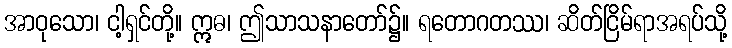
အာဝုသော၊ ငါ့ရှင်တို့။ ဣဓ၊ ဤသာသနာတော်၌။ ရတောဂတဿ၊ ဆိတ်ငြိမ်ရာအရပ်သို့